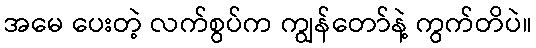
အမေ ပေးတဲ့ လက်စွပ်က ကျွန်တော်နဲ့ ကွက်တိပဲ။